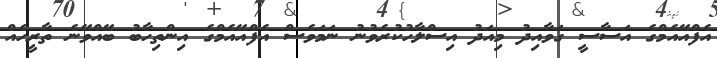
އެފްއޭއެމްގެ އަސާސީ ގަވާއިދު މިއަދު އިސްލާހުކުރެވުނު ނަމަވެސް އެފްއޭއެމްގެ އިންތިހާބު ބޭއްވޭނެ ތާރީހެއް